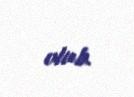
olub.